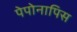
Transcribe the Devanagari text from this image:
पेपोनापिस